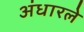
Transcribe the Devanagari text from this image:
अंधारले